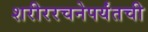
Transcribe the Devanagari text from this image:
शरीररचनेपर्यंतची